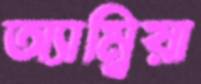
অ্যাম্বিয়া